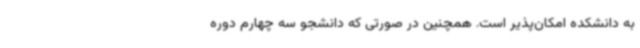
به دانشکده امکان‌پذیر است. همچنین در صورتی که دانشجو سه چهارم دوره